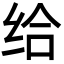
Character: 给